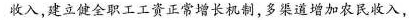
收入，建立健全职工工资正常增长机制，多渠道增加农民收入，